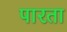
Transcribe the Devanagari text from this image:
पारता